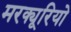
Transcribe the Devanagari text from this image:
मरक्यूरियो